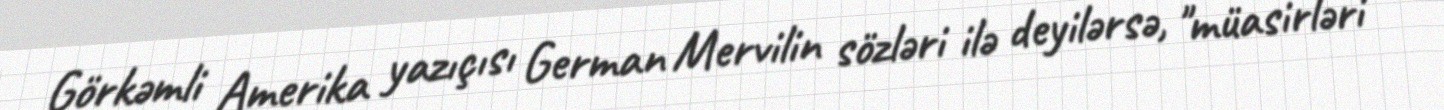
Görkəmli Amerika yazıçısı German Mervilin sözləri ilə deyilərsə, "müasirləri